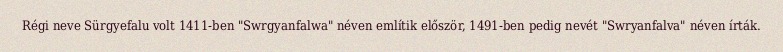
Régi neve Sürgyefalu volt 1411-ben "Swrgyanfalwa" néven említik először, 1491-ben pedig nevét "Swryanfalva" néven írták.